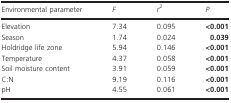
| Environmental parameter | F | r2 | P |
 | --- | --- | --- | --- |
 | Elevation | 7.34 | 0.095 | <0.001 |
 | Season | 1.74 | 0.024 | 0.039 |
 | Holdridge life zone | 5.94 | 0.146 | <0.001 |
 | Temperature | 4.37 | 0.058 | <0.001 |
 | Soil moisture content | 3.91 | 0.059 | <0.001 |
 | C:N | 9.19 | 0.116 | <0.001 |
 | pH | 4.55 | 0.061 | <0.001 |